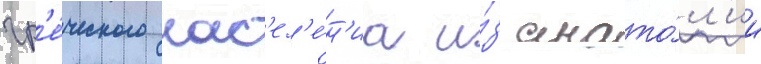
гр'е́ческого нас'ел'е́н'иа и́з анато́л'ии